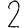
Digit: 2